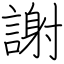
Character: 謝